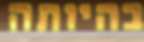
בהיותה